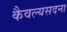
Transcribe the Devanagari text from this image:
कैवल्यसदना